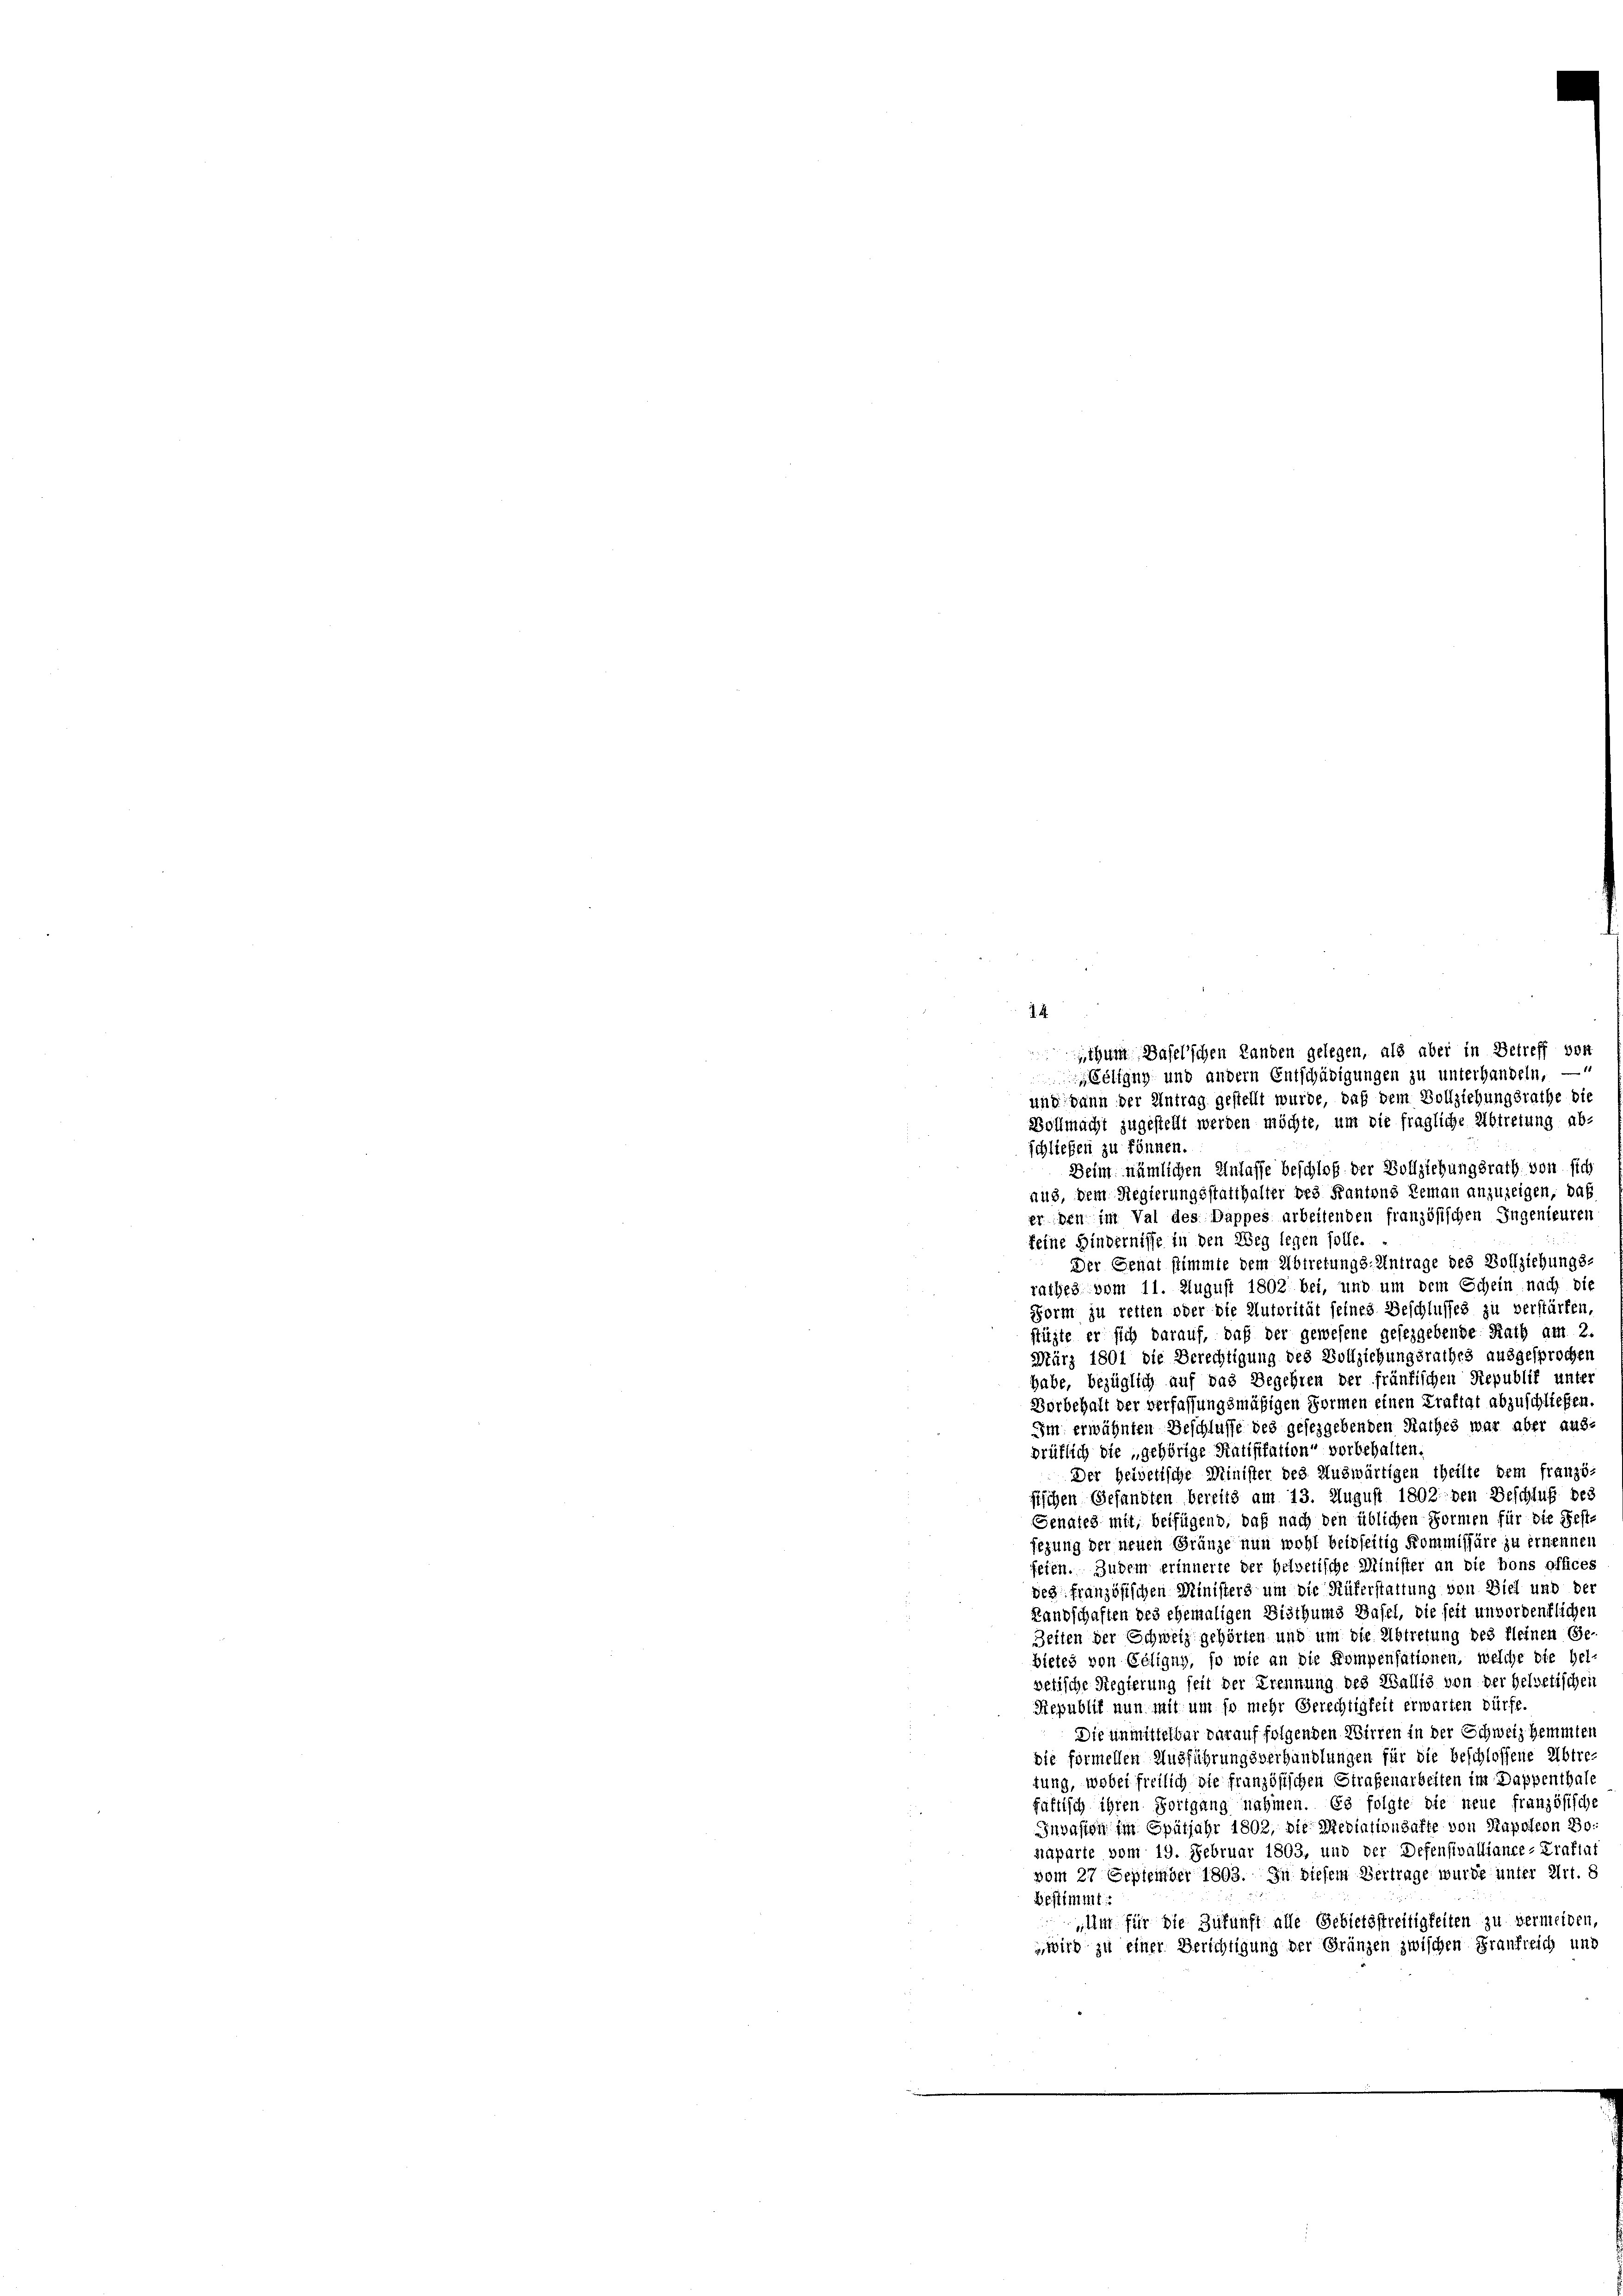
Eeling und andern Entschädigungen zu unterhandeln. —
und dann der Antrag gestellt wurde, daß dem Vollziehungsrathe die
Vollmacht zugestellt werden möchte, um die fragliche Abtretung abschließen zu können.
Beim nämlichen Anlasse beschloß der Vollziehungsrath von sich
aus, dem Regierungsstatthalter bei Kantons Reman anzuzeigen, das
er den im Val des Dappes arbeitenden französischen Ingenieuren
feine Hindernisse in den Weg legen solle.
Der Senat stimmte dem Abtretungs-Antrage des Vollziehungs-
rathes vom 11. August 1802. bei, und um dem Schein nach die
Form zu retten oder die Autorität seines Beschlusses zu verstärken,
fühle er sich darauf, daß der gewesene gesezgebende Rath am 2.
März 1801 die Berechtigung des Vollziehungsrathes ausgesprochen
habe, bezüglich auf das Begehren der fränkischen Republik unter
Borbehalt der Verfassungsmäßigen Formen einen Kraftgt abzuschließen.
Im erwähnten Geschlusse des gesezgebenden Rathes war aber aus-
drüflich die „gehörige Ratifikation“ vorbehalten.
Der helvetische Minister des Auswärtigen theilte dem franzö-
sischen Gesandten bereits am 13. August 1802. den Beschluß des
Senates mit, beifügend, daß nach den üblichen Formen für die Fest-
sezung der neuen Gränze nun wohl beidseitig Kommissäre zu ernennen
feien. Zudem erinnerte der helvetische Minister an die bons offices
des französischen Ministers um die Rüferstattung von Biel und der
Landschaften des ehemaligen Bisthums Basel, die seit unvordentlichen
Zeiten der Schweiz gehörten und um die Abtretung des fleinen Ge-
bietes von Eeligny, so wie an die Kompensationen, welche die hel-
vetische Regierung seit der Trennung des Wallig von der Helvetischen
Republik nun mit um so mehr Gerechtigkeit erwarten dürfe.
Die unmittelbar darauf folgenden Wirren in der Schweiz hemmten
die formellen Ausführungsverhandlungen für die beschlossene Abtretung, wobei freilich die französischen Strafenarbeiten im Dappenthale
faltisch ihren Fortgang nahmen. Es folgte die neue französische
Invasion im Spätjahr 1802, die Mediationsafte von Rapoleon So
naparte vom 19. Februar 1803, und der Defensivalliance- Kraftat
vom 27 September 1803. In diesem Vertrage wurde unter Art. 8
Bestimmt
Amt für die Zukunft alle Gebietsstreitigkeiten zu vermeiden,
wird zu einer Berichtigung der Gränzen zwischen Frankreich und

.4.

thum Baselschen Landen gelegen, als aber in Betreff von